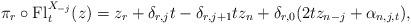
LaTeX: \begin{align*}\pi_r\circ\mathrm{Fl}^{X_{-j}}_{t}(z)=z_r+\delta_{r,j}t-\delta_{r,j+1}tz_n+\delta_{r,0}(2tz_{n-j}+\alpha_{n,j,t}),\end{align*}